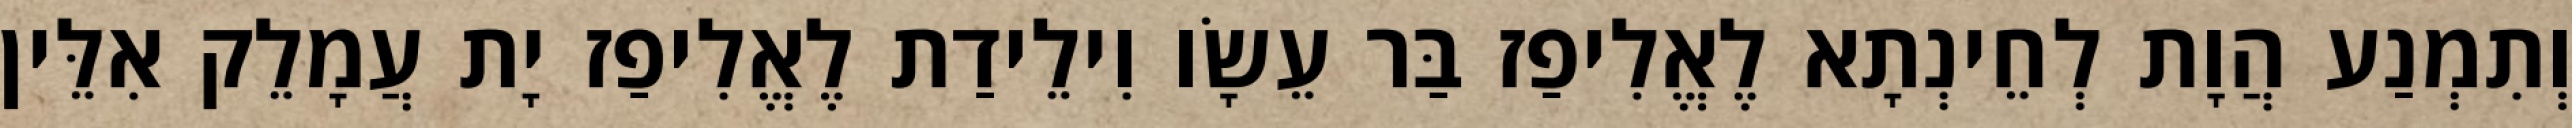
וְתִמְנַע הֲוָת לְחֵינְתָא לֶאֱלִיפַז בַּר עֵשָׂו וִילֵידַת לֶאֱלִיפַז יָת עֲמָלֵק אִלֵּין